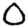
Digit: 0